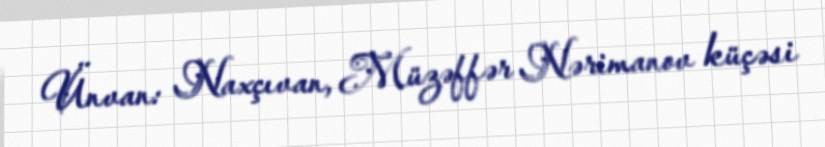
Ünvan: Naxçıvan, Müzəffər Nərimanov küçəsi